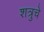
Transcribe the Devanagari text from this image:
शत्रुचे